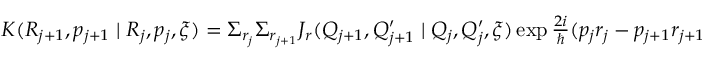
\begin{array} { l } { { K ( R _ { j + 1 } , p _ { j + 1 } \mid R _ { j } , p _ { j } , \xi ) = \Sigma _ { r _ { j } } \Sigma _ { r _ { j + 1 } } J _ { r } ( Q _ { j + 1 } , Q _ { j + 1 } ^ { \prime } \mid Q _ { j } , Q _ { j } ^ { \prime } , \xi ) \exp \frac { 2 i } { \hbar } ( p _ { j } r _ { j } - p _ { j + 1 } r _ { j + 1 } ) . } } \end{array}